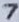
Text: 7